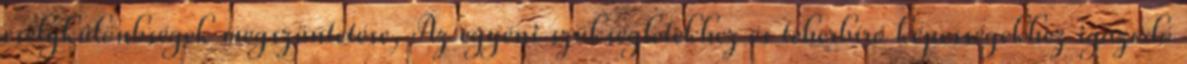
esélykülönbségek megszüntetése, Az egyéni szükségletekhez és teherbíró képességekhez igazodó